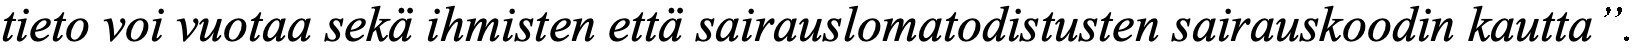
tieto voi vuotaa sekä ihmisten että sairauslomatodistusten sairauskoodin kautta”.